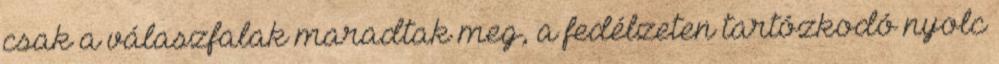
csak a válaszfalak maradtak meg, a fedélzeten tartózkodó nyolc